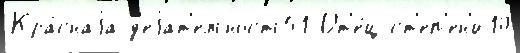
Кра́снаjа д'еjат'ельность51 От'е́ц ст'еп'ен'и10